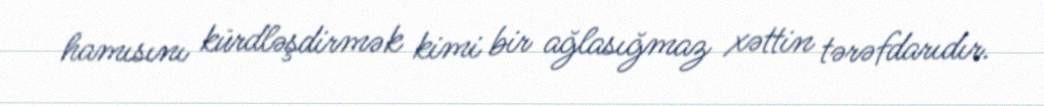
hamısını kürdləşdirmək kimi bir ağlasığmaz xəttin tərəfdarıdır.